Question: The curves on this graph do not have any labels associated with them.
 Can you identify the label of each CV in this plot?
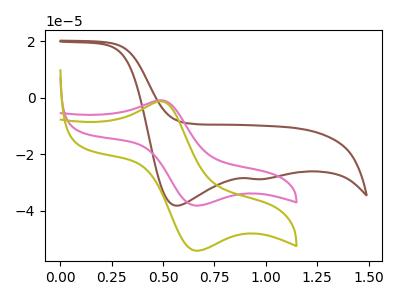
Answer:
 <answer>The brown curve does not have a label. The pink curve does not have a label. The olive curve does not have a label.</answer>
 <eval></eval>